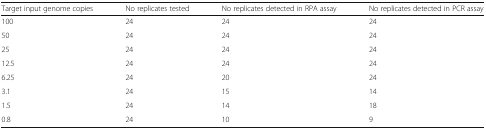
<table><thead><tr><td><b>Target input genome copies</b></td><td><b>No replicates tested</b></td><td><b>No replicates detected in RPA assay</b></td><td><b>No replicates detected in PCR assay</b></td></tr></thead><tbody><tr><td>100</td><td>24</td><td>24</td><td>24</td></tr><tr><td>50</td><td>24</td><td>24</td><td>24</td></tr><tr><td>25</td><td>24</td><td>24</td><td>24</td></tr><tr><td>12.5</td><td>24</td><td>24</td><td>24</td></tr><tr><td>6.25</td><td>24</td><td>20</td><td>24</td></tr><tr><td>3.1</td><td>24</td><td>15</td><td>14</td></tr><tr><td>1.5</td><td>24</td><td>14</td><td>18</td></tr><tr><td>0.8</td><td>24</td><td>10</td><td>9</td></tr></tbody></table>